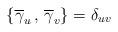
LaTeX: \begin{align*}\left\{ \overline{\gamma} _u \, , \, \overline{\gamma} _v \right\} = \delta_{uv}\end{align*}